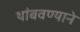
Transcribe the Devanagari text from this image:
थांबवण्याने